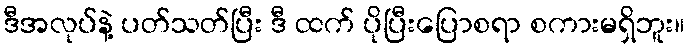
ဒီအလုပ်နဲ့ ပတ်သတ်ပြီး ဒီ ထက် ပိုပြီးပြောစရာ စကားမရှိဘူး။